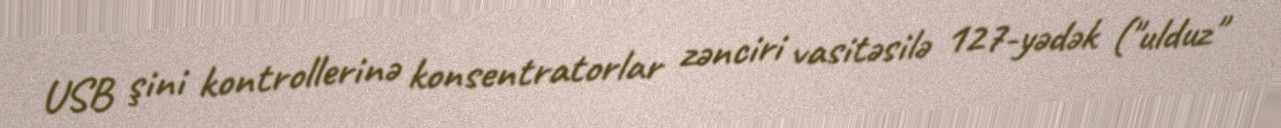
USB şini kontrollerinə konsentratorlar zənciri vasitəsilə 127-yədək ("ulduz"